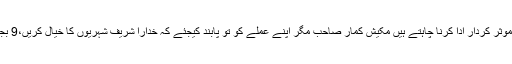
آپ ملک کی بہتری اور بقاءکے لئے موثر کردار ادا کرنا چاہتے ہیں مکیش کمار صاحب مگر اپنے عملے کو تو پابند کیجئے کہ خدارا شریف شہریوں کا خیال کریں،9 بجے ڈیوٹی پر حاضری کو یقینی بنائیں۔